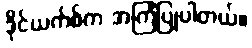
ဒိုင်ယက်စ်က အကြံပြုပါတယ်။